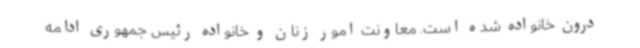
درون خانواده شده است. معاونت امور زنان و خانواده رئیس جمهوری ادامه